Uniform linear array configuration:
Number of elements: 48
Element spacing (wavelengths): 0.25
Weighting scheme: kaiser
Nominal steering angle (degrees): -30
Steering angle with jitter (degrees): -29.519
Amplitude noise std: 0.05
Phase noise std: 0.05

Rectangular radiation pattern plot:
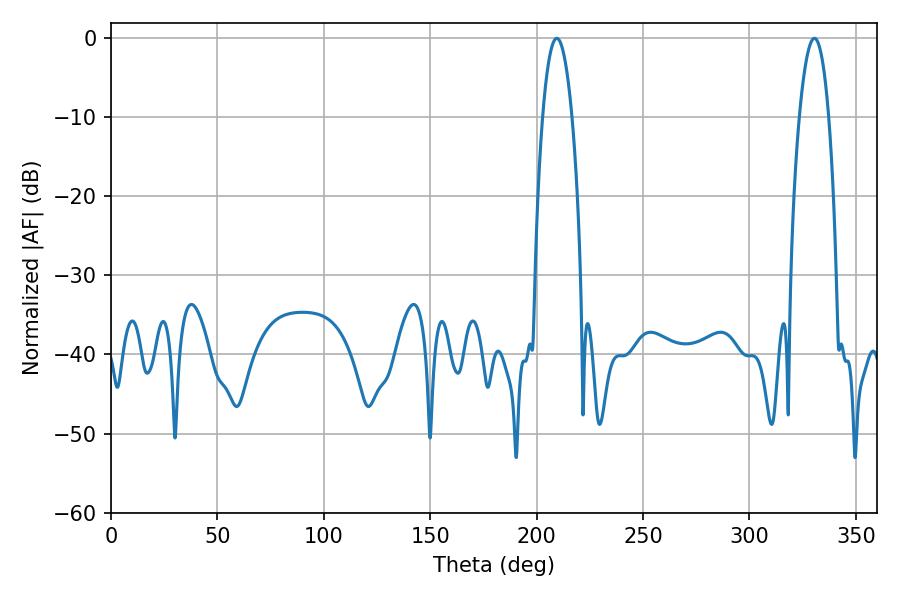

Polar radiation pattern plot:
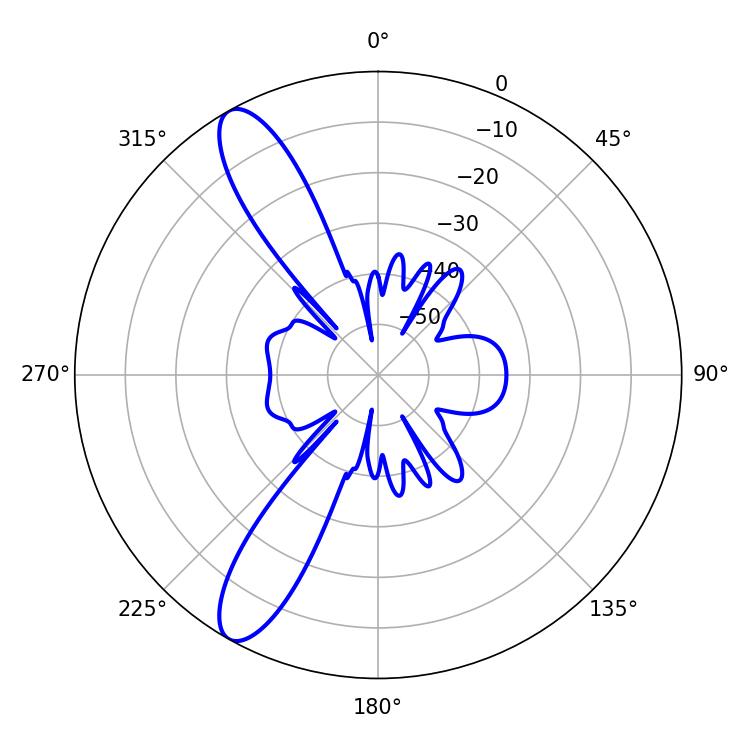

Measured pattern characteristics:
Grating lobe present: FALSE
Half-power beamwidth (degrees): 7.56
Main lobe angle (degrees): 209.52